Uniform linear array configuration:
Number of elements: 8
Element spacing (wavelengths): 1
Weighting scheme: cosine
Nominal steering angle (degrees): -45
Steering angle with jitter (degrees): -45.702
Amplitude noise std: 0.05
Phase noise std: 0.05

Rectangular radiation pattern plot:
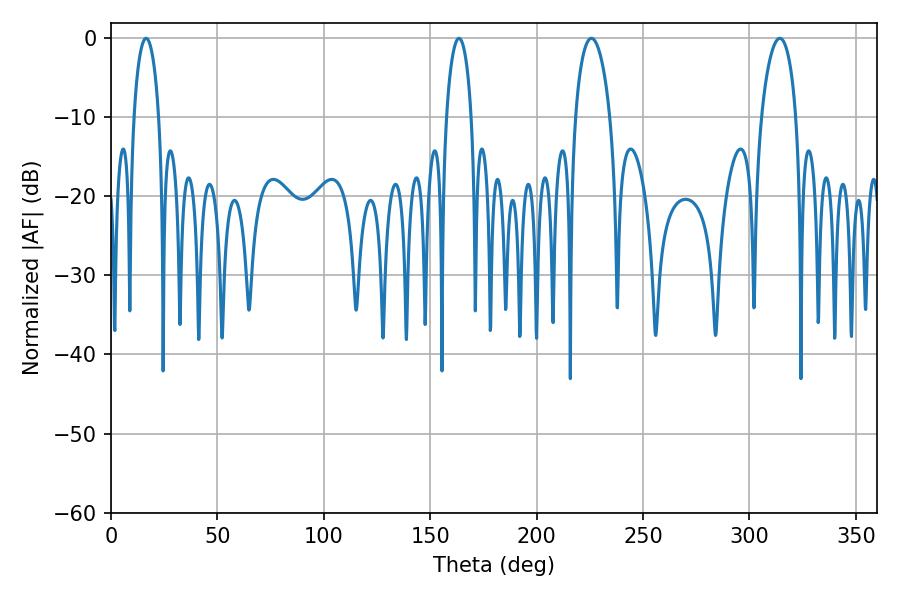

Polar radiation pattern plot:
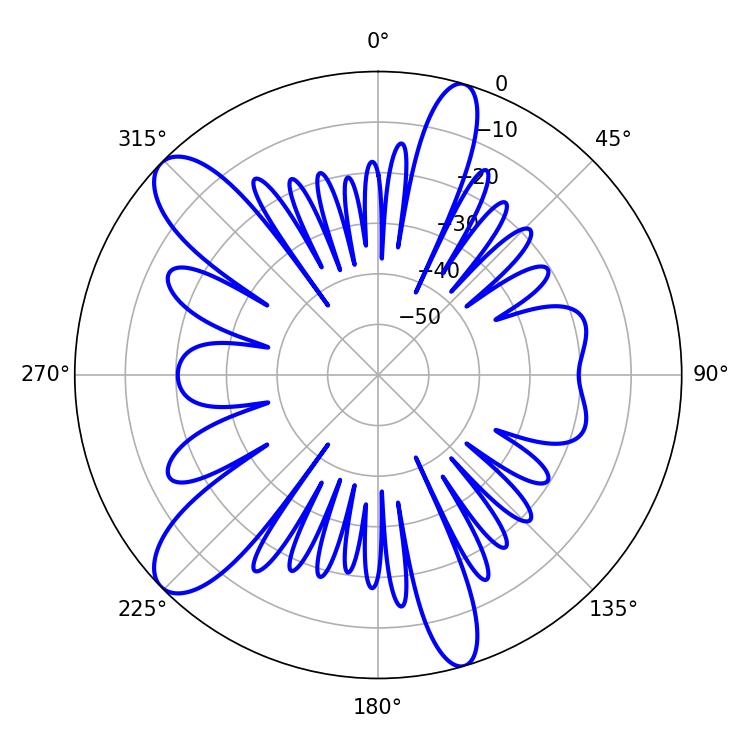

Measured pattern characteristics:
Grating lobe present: TRUE
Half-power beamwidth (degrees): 9.36
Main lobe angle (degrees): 225.72